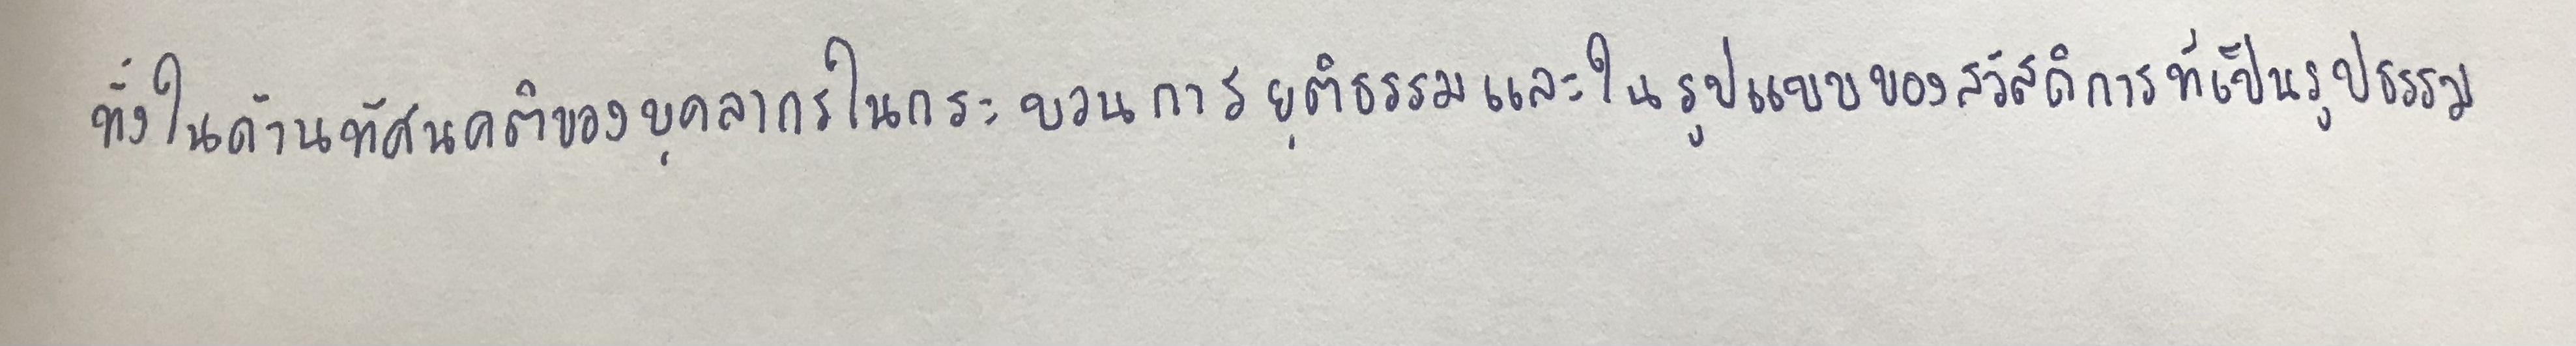
ทั้งในด้านทัศนคติของบุคลากรในกระบวนการยุติธรรมและในรูปของสวัสดิการที่เป็นรูปธรรม